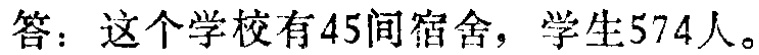
答：这个学校有45间宿舍，学生574人。